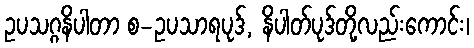
ဥပသဂ္ဂနိပါတာ စ-ဥပသာရပုဒ်, နိပါတ်ပုဒ်တို့လည်းကောင်း၊